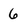
Character: 6